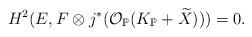
LaTeX: \begin{align*} H^2(E, F\otimes j^*(\mathcal O_{\mathbb P}(K_{\mathbb P}+\widetilde X)))=0.\end{align*}